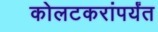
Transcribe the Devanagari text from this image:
कोलटकरांपर्यंत